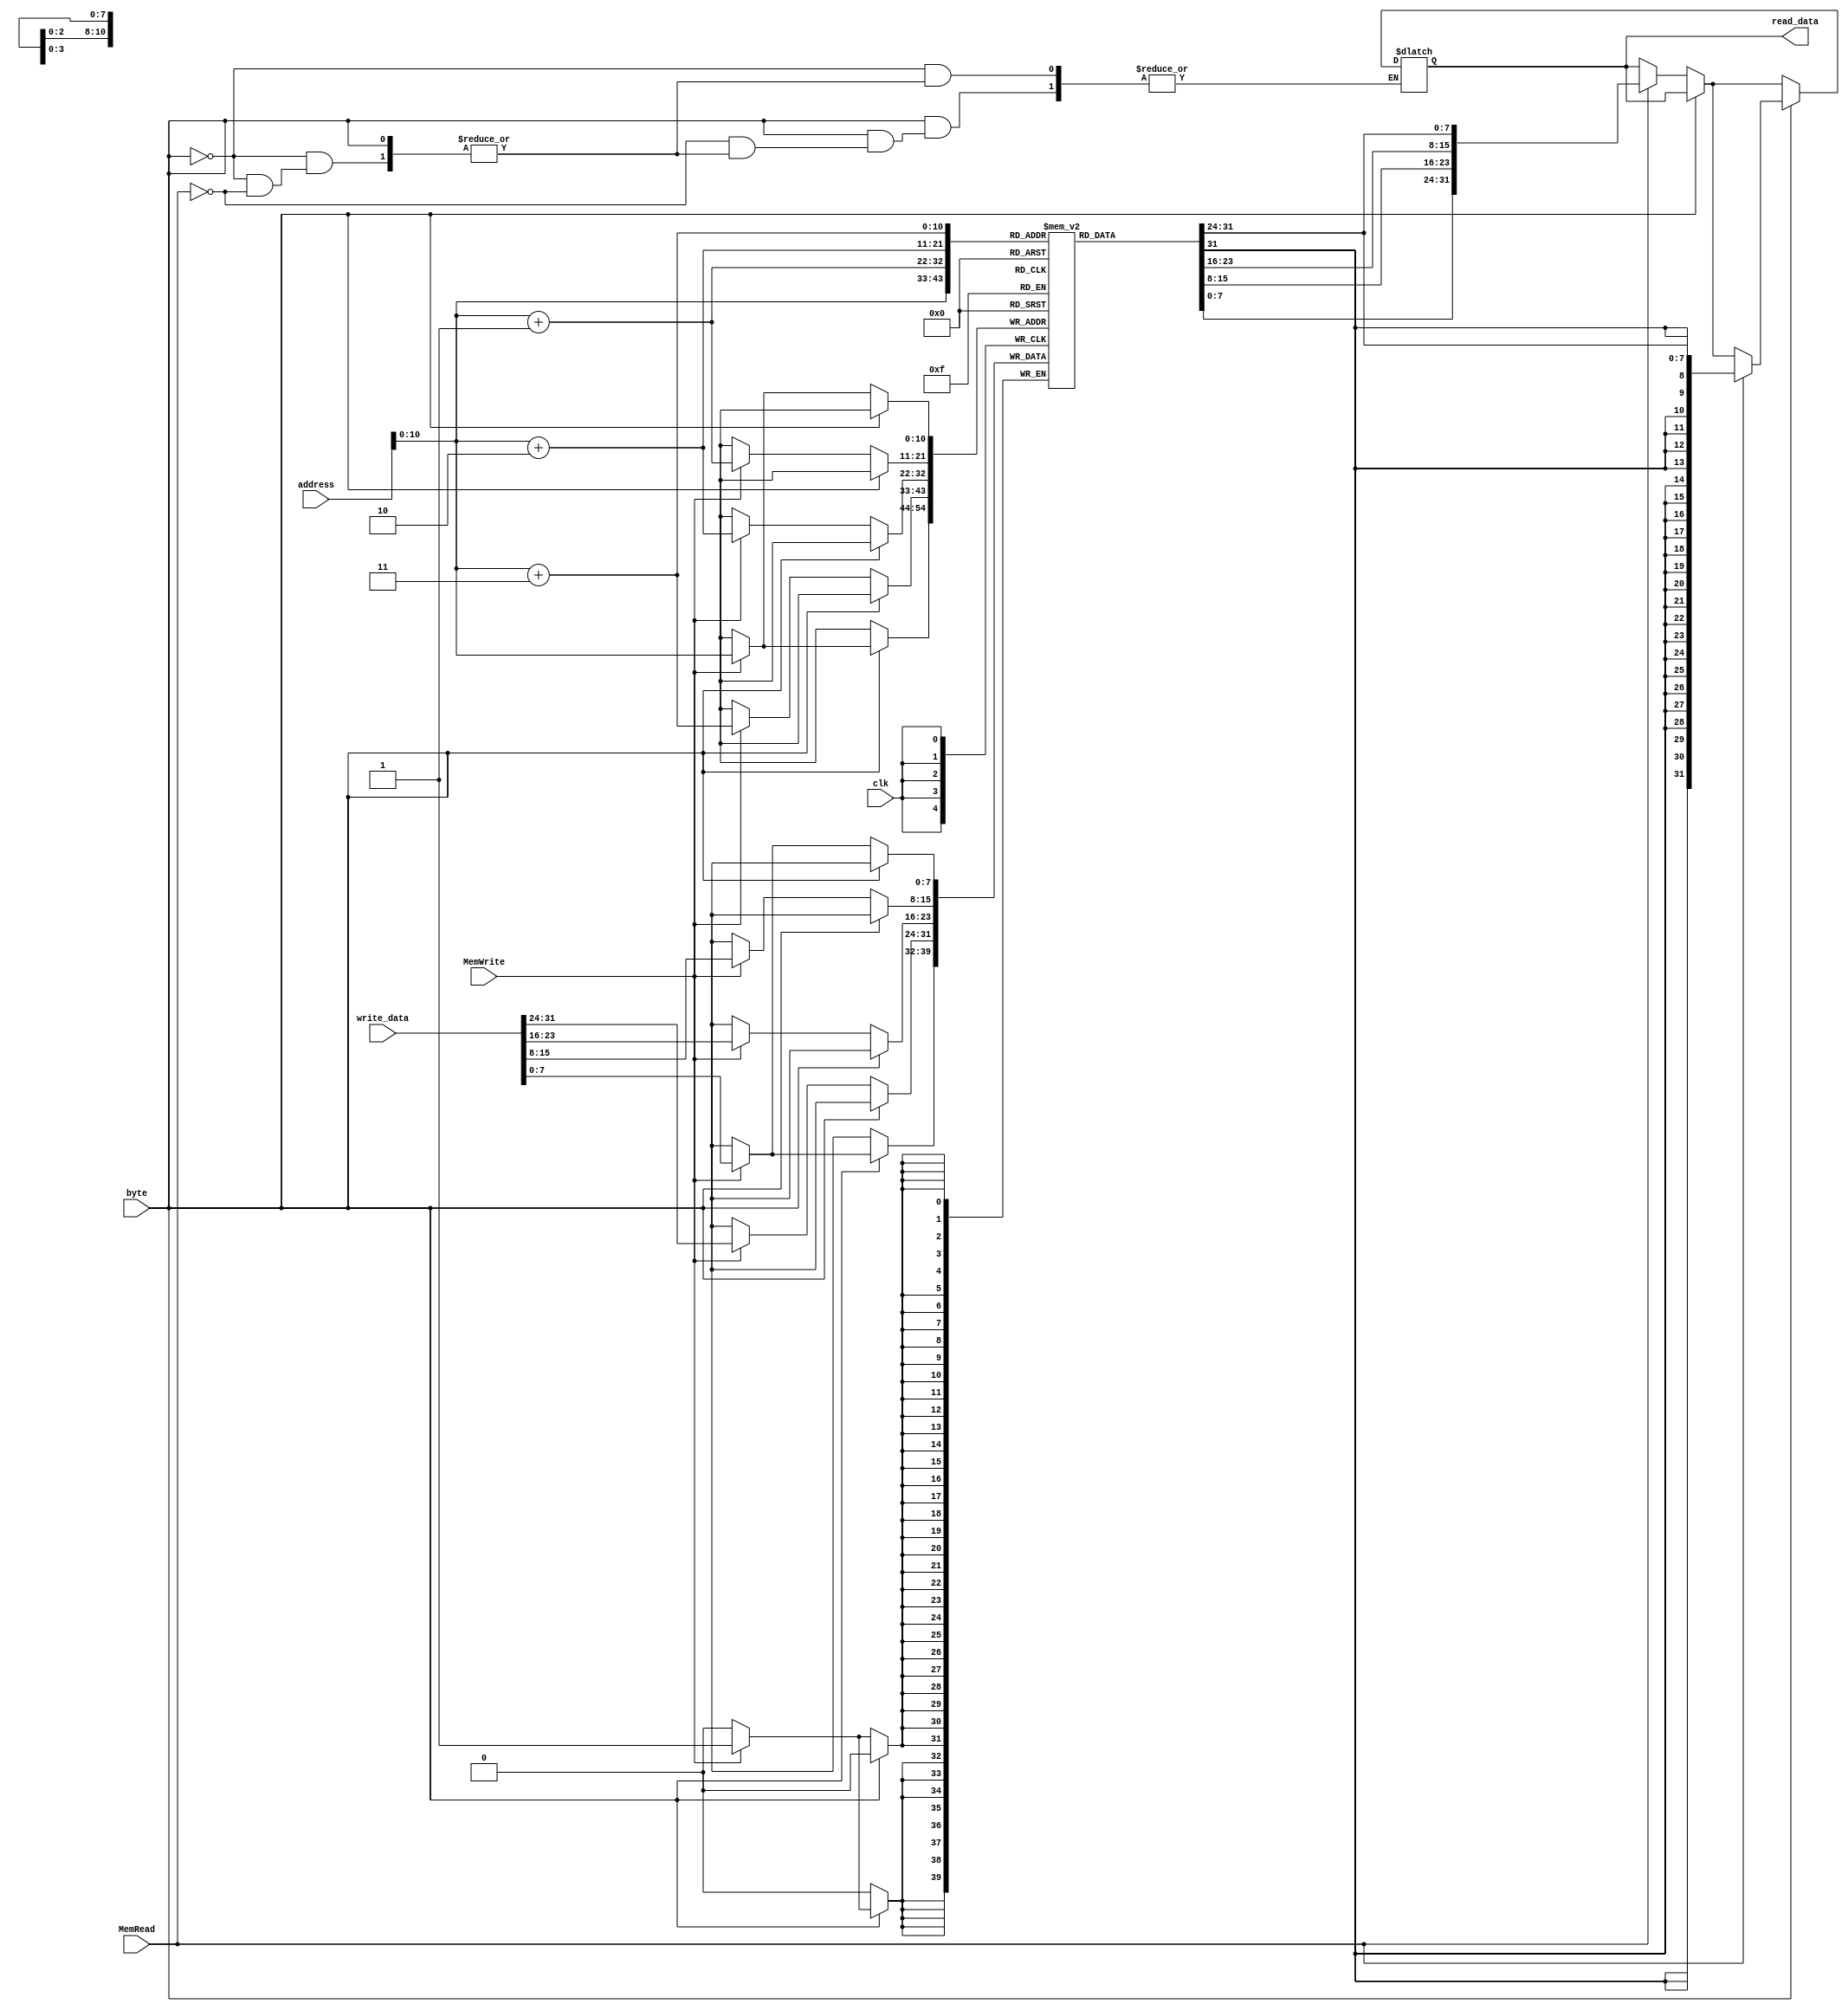
module data_memory(
 input [31:0] address, write_data,
 input MemRead, MemWrite, byte, clk,
 output reg [31:0] read_data
);

reg [7:0] Memory [1024:0]; 
assign Instruction_Code = {Memory[PC+3], Memory[PC+2], Memory[PC+1], Memory[PC]};

always @ (*) begin
    if(byte == 0) begin 
        if(MemRead) begin
            read_data = {Memory[address + 3], Memory[address + 2], Memory[address + 1], Memory[address]};
        end
    end
    if(byte == 1) begin
        if(MemRead) begin
            read_data = {{24{Memory[address][7]}},Memory[address]};
        end
    end
end


always @ (posedge clk) begin
    if(byte == 0) begin 
        if(MemWrite) begin
            Memory[address] = write_data[7:0];
            Memory[address + 1] = write_data[15:8];
            Memory[address + 2] = write_data[23:16];
            Memory[address + 3] = write_data[31:24];
        end
    end
    if(byte == 1) begin
        if(MemWrite) begin
            Memory[address] = write_data[7:0];
        end
    end
end

endmodule